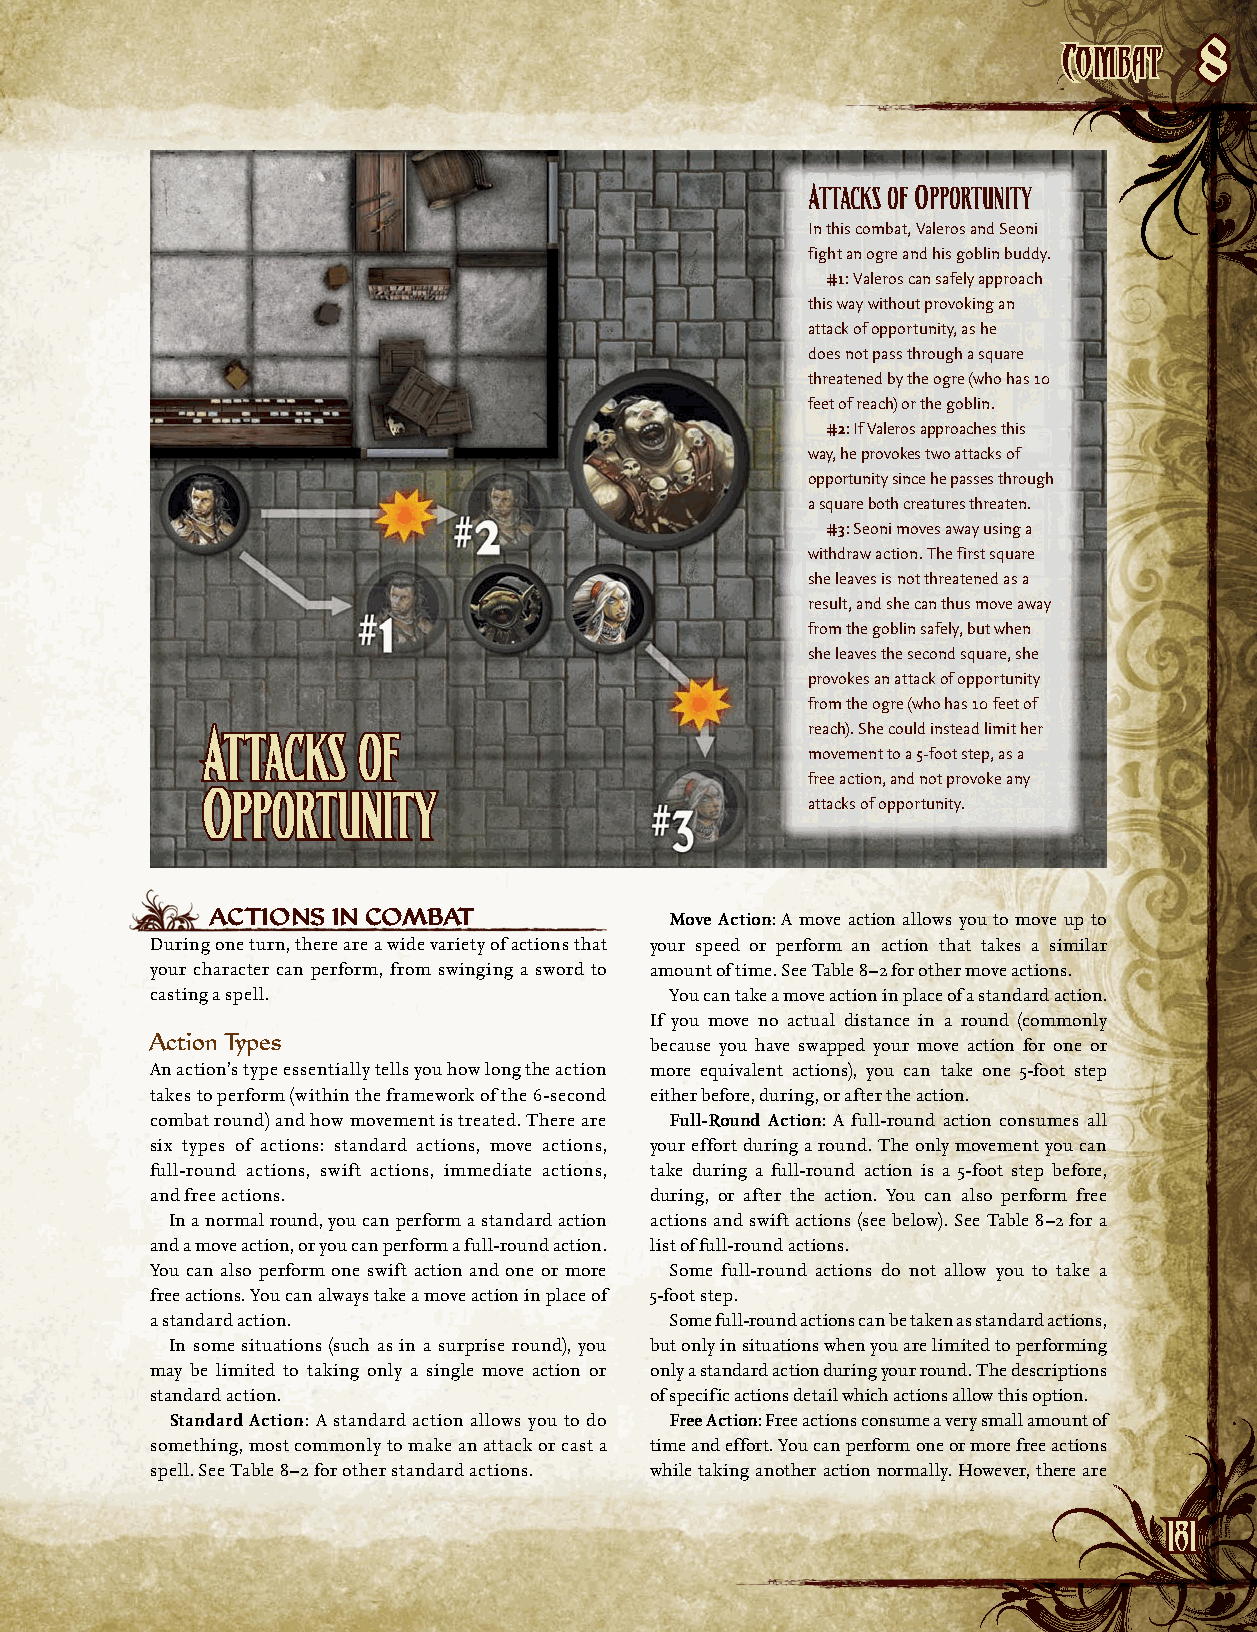
CCoommbbaatt
 8
 Attacks of Opportunity
 In this combat, Valeros and Seoni
 fight an ogre and his goblin buddy.
 #1: Valeros can safely approach
 this way without provoking an
 attack of opportunity, as he
 does not pass through a square
 threatened by the ogre (who has 10
 feet of reach) or the goblin.
 #2: If Valeros approaches this
 way, he provokes two attacks of
 opportunity since he passes through
 a square both creatures threaten.
 #3: Seoni moves away using a
 withdraw action. The first square
 she leaves is not threatened as a
 result, and she can thus move away
 from the goblin safely, but when
 she leaves the second square, she
 provokes an attack of opportunity
 from the ogre (who has 10 feet of
 Attacks    of                           reach). She could instead limit her
 movement to a 5-foot step, as a
 free action, and not provoke any
 Opportunity
 attacks of opportunity.
 ACtiONs iN COmBAt             Move Action: A move action allows you to move up to
 During one turn, there are a wide variety of actions that your speed or perform an action that takes a similar
 your character can perform, from swinging a sword to amount of time. See Table 8–2 for other move actions.
 casting a spell.                  You can take a move action in place of a standard action.
 If you move no actual distance in a round (commonly
 Action Types                     because you have swapped your move action for one or
 An action’s type essentially tells you how long the action more equivalent actions), you can take one 5-foot step
 takes to perform (within the framework of the 6-second either before, during, or after the action.
 combat round) and how movement is treated. There are Full-Round Action: A full-round action consumes all
 six types of actions: standard actions, move actions, your effort during a round. The only movement you can
 full-round actions, swift actions, immediate actions, take during a full-round action is a 5-foot step before,
 and free actions.                during, or after the action. You can also perform free
 In a normal round, you can perform a standard action a ctions and swift actions (see below). See Table 8–2 for a
 and a move action, or you can perform a full-round action. list of full-round actions.
 You can also perform one swift action and one or more Some full-round actions do not allow you to take a
 free actions. You can always take a move action in place of 5-foot step.
 a standard action.                Some full-round actions can be taken as standard actions,
 In some situations (such as in a surprise round), you but only in situations when you are limited to performing
 may be limited to taking only a single move action or only a standard action during your round. The descriptions
 standard action.                 of specific actions detail which actions allow this option.
 Standard Action: A standard action allows you to do Free Action: Free actions consume a very small amount of
 something, most commonly to make an attack or cast a time and effort. You can perform one or more free actions
 spell. See Table 8–2 for other standard actions. while taking another action normally. However, there are
 118811